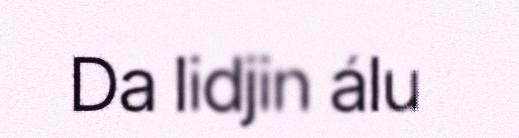
Da lidjin álu